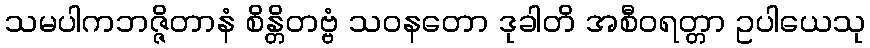
သမပါကဘဇ္ဇိတာနံ စိန္တိတဗ္ဗံ သဝနတော ဒုခါတိ အစီဝရတ္တာ ဥပါယေသု